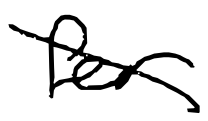
Text: for
Cross-out: diagonal
Writing tool: digital_black